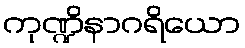
ကုဏ္ဍိနာဂရိယော